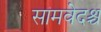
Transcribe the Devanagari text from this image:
सामवेदश्च